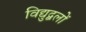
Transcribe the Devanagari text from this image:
विद्युद्बलों